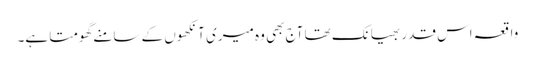
واقعہ اس قدر بھیانک تھا آج بھی وہ میری آنکھوں کے سامنے گھومتا ہے۔